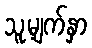
သူ့မျက်နှာ